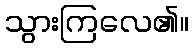
သွားကြလေ၏။